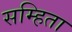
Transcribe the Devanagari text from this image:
सम्हिता